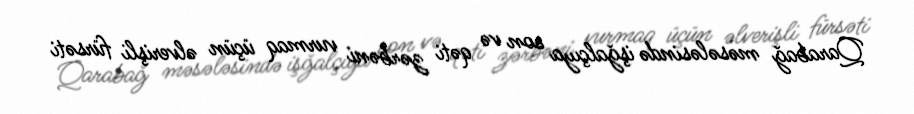
Qarabağ məsələsində işğalçıya son və qəti zərbəni vurmaq üçün əlverişli fürsəti